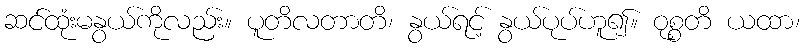
ဆင်ထုံးမနွယ်ကိုလည်း။ ပူတိလတာတိ၊ နွယ်ရင့် နွယ်ပုပ်ဟူ၍။ ဝုစ္စတိ ယထာ၊